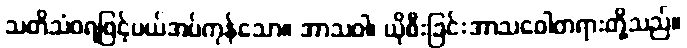
သတိသံဝရဖြင့်ပယ်အပ်ကုန်သော။ အာသဝါ၊ ယိုစီးခြင်းအာသဝေါတရားတို့သည်။